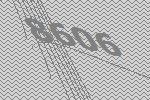
8606